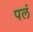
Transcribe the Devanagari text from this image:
पलं